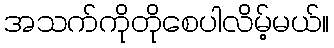
အသက်ကိုတိုစေပါလိမ့်မယ်။